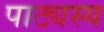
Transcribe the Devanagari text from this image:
पाठ्यस्य